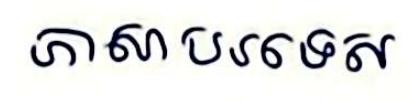
ភាសាបរទេស